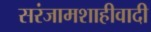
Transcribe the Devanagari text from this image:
सरंजामशाहीवादी